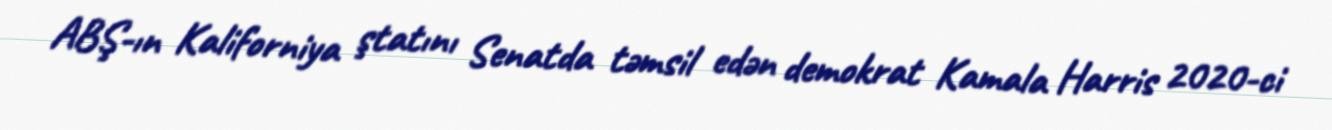
ABŞ-ın Kaliforniya ştatını Senatda təmsil edən demokrat Kamala Harris 2020-ci